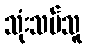
သုံးသပ်သူ